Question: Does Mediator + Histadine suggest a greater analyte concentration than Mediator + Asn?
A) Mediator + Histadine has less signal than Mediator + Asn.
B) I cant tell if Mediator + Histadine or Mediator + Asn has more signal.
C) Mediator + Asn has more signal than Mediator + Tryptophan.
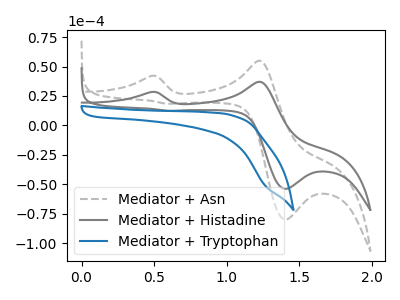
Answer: <think>The gray dashed curve "Mediator + Asn" has anodic peaks at (0.50V, 42.00uA) (1.25V, 54.85uA) and cathodic peaks at (1.40V, -79.90uA) (0.60V, 18.35uA). The gray curve "Mediator + Histadine" has anodic peaks at (0.50V, 28.35uA) (1.25V, 37.00uA) and cathodic peaks at (1.40V, -53.90uA) (0.60V, 12.40uA). The blue curve "Mediator + Tryptophan" has no peaks.
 All the peaks in "Mediator + Histadine" have a peak in "Mediator + Asn" at the same potential.</think>
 <answer>B) I cant tell if "Mediator + Histadine" or "Mediator + Asn" has more signal.</answer>
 <eval>B</eval>